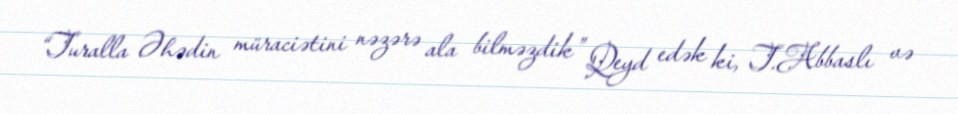
“Turalla Əhədin müraciətini nəzərə ala bilməzdik” Qeyd edək ki, T.Abbaslı və